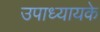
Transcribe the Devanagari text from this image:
उपाध्यायके